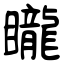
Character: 矓